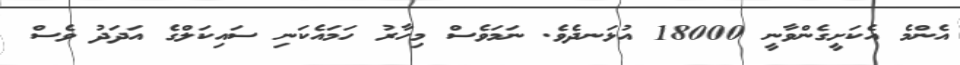
އެންމެ އެކަށީގެންވާނީ 18000 އުޅަނދެވެ. ނަމަވެސް މިހާރު ހަމައެކަނި ސައިކަލްގެ އަދަދު ވެސް